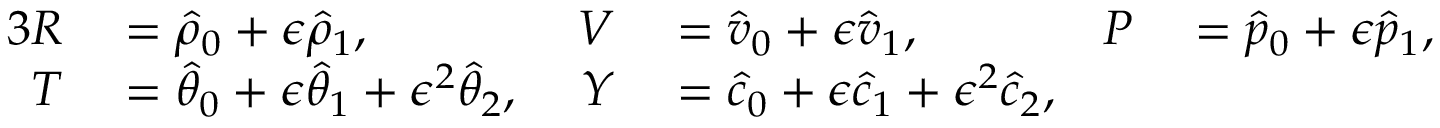
\begin{array} { r l r l r l } { { 3 } R } & { { } = \hat { \rho } _ { 0 } + \epsilon \hat { \rho } _ { 1 } , } & { V } & { { } = \hat { v } _ { 0 } + \epsilon \hat { v } _ { 1 } , \; } & { P } & { { } = \hat { p } _ { 0 } + \epsilon \hat { p } _ { 1 } , } \\ { T } & { { } = \hat { \theta } _ { 0 } + \epsilon \hat { \theta } _ { 1 } + \epsilon ^ { 2 } \hat { \theta } _ { 2 } , \; } & { Y } & { { } = \hat { c } _ { 0 } + \epsilon \hat { c } _ { 1 } + \epsilon ^ { 2 } \hat { c } _ { 2 } , } & { } & { { } } \end{array}